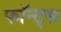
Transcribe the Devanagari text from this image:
फॉन्ट्‌स